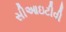
સીઆઇટીવી